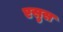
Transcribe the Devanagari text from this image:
एसुस